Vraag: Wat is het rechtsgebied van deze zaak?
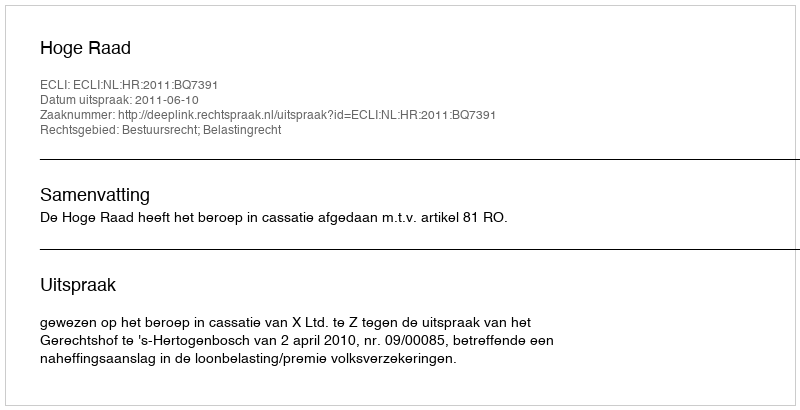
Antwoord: Bestuursrecht; Belastingrecht